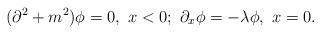
LaTeX: \begin{align*} (\partial^2 +m^2)\phi =0, \ x<0; \ \partial_x\phi=-\lambda\phi, \ x=0.\end{align*}